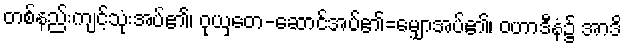
တစ်နည်းကျင့်သုံးအပ်၏၊ ဝုယှတေ-ဆောင်အပ်၏=မျှောအပ်၏၊ ဝဟာဒီနံ၌ အာဒိ